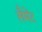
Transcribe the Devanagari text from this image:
लैमेंट